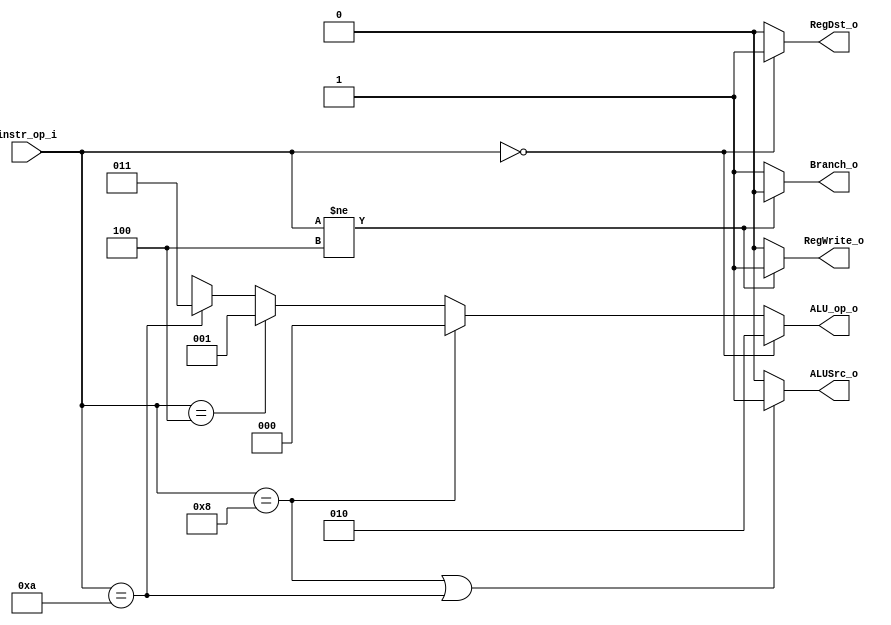
//SID:109550073
//Subject:     CO project 2 - Decoder
//--------------------------------------------------------------------------------
//Version:     1
//--------------------------------------------------------------------------------
//Writer:      Luke
//----------------------------------------------
//Date:        
//----------------------------------------------
//Description: 
//--------------------------------------------------------------------------------
`timescale 1ns/1ps
module Decoder(
    instr_op_i,
	RegWrite_o,
	ALU_op_o,
	ALUSrc_o,
	RegDst_o,
	Branch_o
	);
     
//I/O ports
input  [6-1:0] instr_op_i;

output         RegWrite_o;
output [3-1:0] ALU_op_o;
output         ALUSrc_o;
output         RegDst_o;
output         Branch_o;
 
//Internal Signals
reg    [3-1:0] ALU_op_o;
reg            ALUSrc_o;
reg            RegWrite_o;
reg            RegDst_o;
reg            Branch_o;

//Parameter
always @(*) begin
    RegDst_o <= (instr_op_i == 6'b000000)? 1'b1:1'b0;
    RegWrite_o <= (instr_op_i != 6'b000100)? 1'b1:1'b0;
    Branch_o <= (instr_op_i != 6'b000100)? 1'b0:1'b1;
    ALUSrc_o <= (instr_op_i == 6'b001000||instr_op_i == 6'b001010)? 1'b1:1'b0;

//Main function
    ALU_op_o <= (instr_op_i == 6'b000000)? 3'b010: //addu subu slt or and
                  (instr_op_i == 6'b001000)? 3'b000: //addi 
                  (instr_op_i == 6'b000100)? 3'b001: //beq
                  (instr_op_i == 6'b001010)? 3'b011:3'bxxx; //sltiu 
end
endmodule